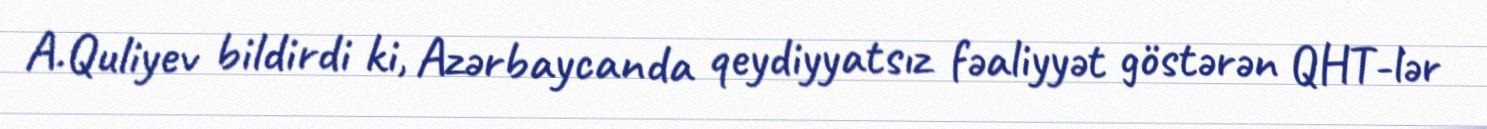
A.Quliyev bildirdi ki, Azərbaycanda qeydiyyatsız fəaliyyət göstərən QHT-lər